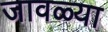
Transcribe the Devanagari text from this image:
जावळ्या